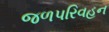
જળપરિવહન